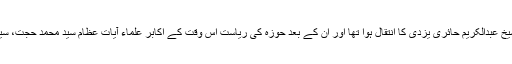
اس وقت حوزه علمیہ قم کے بانی آیت اللہ العظمی حاج شیخ عبدالکریم حائری یزدی کا انتقال ہوا تھا اور ان کے بعد حوزہ کی ریاست اس وقت کے اکابر علماء آیات عظام سید محمد حجت، سید صدر الدین صدر اور سید محمد نقی خوانساری نے لی۔